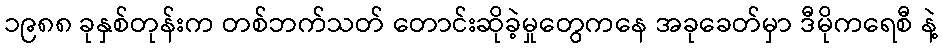
၁၉၈၈ ခုနှစ်တုန်းက တစ်ဘက်သတ် တောင်းဆိုခဲ့မှုတွေကနေ အခုခေတ်မှာ ဒီမိုကရေစီ နဲ့